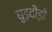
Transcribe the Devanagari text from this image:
घुड़दौड़ों